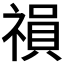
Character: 𥛍